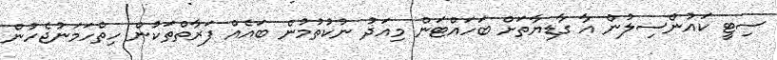
ސިޓީ ކައުންސިލުން އާ ގާޑިޔާތަށް ބަހައްޓަން މިއަދު ނުކުތުމުން ބައެއް ފަރާތްތަކުން ހިތްހަމަނުޖެހުން